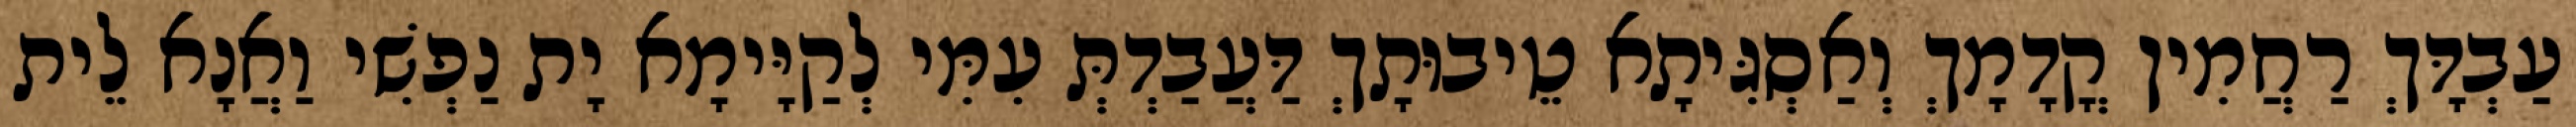
עַבְדָּךְ רַחֲמִין קֳדָמָךְ וְאַסְגִּיתָא טֵיבוּתָךְ דַּעֲבַדְתְּ עִמִּי לְקַיָּימָא יָת נַפְשִׁי וַאֲנָא לֵית